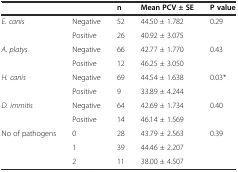
<table><thead><tr><td colspan="2"></td><td><b>n</b></td><td><b>Mean PCV ± SE</b></td><td><b>P value</b></td></tr></thead><tbody><tr><td rowspan="2"><i>E. canis</i></td><td>Negative</td><td>52</td><td>44.50 ± 1.782</td><td rowspan="2">0.29</td></tr><tr><td>Positive</td><td>26</td><td>40.92 ± 3.075</td></tr><tr><td rowspan="2"><i>A. platys</i></td><td>Negative</td><td>66</td><td>42.77 ± 1.770</td><td rowspan="2">0.43</td></tr><tr><td>Positive</td><td>12</td><td>46.25 ± 3.050</td></tr><tr><td rowspan="2"><i>H. canis</i></td><td>Negative</td><td>69</td><td>44.54 ± 1.638</td><td rowspan="2">0.03*</td></tr><tr><td>Positive</td><td>9</td><td>33.89 ± 4.244</td></tr><tr><td rowspan="2"><i>D. immitis</i></td><td>Negative</td><td>64</td><td>42.69 ± 1.734</td><td rowspan="2">0.40</td></tr><tr><td>Positive</td><td>14</td><td>46.14 ± 1.569</td></tr><tr><td rowspan="3">No of pathogens</td><td>0</td><td>28</td><td>43.79 ± 2.563</td><td rowspan="3">0.39</td></tr><tr><td>1</td><td>39</td><td>44.46 ± 2.207</td></tr><tr><td>2</td><td>11</td><td>38.00 ± 4.507</td></tr></tbody></table>